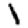
Digit: 1